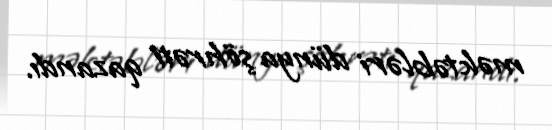
məktəbləri dünya şöhrəti qazandı.